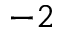
^ { - 2 }